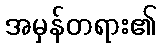
အမှန်တရား၏